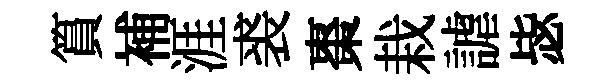
篔補涯裘棗栽謔毖